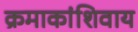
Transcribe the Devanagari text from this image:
क्रमाकांशिवाय